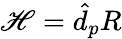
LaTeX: \mathscr{H}=\hat{{d}}_{p}R